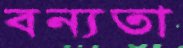
বন্যতা